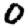
Digit: 0